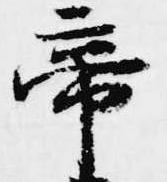
帝